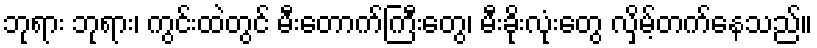
ဘုရား ဘုရား၊ ကွင်းထဲတွင် မီးတောက်ကြီးတွေ၊ မီးခိုးလုံးတွေ လှိမ့်တက်နေသည်။